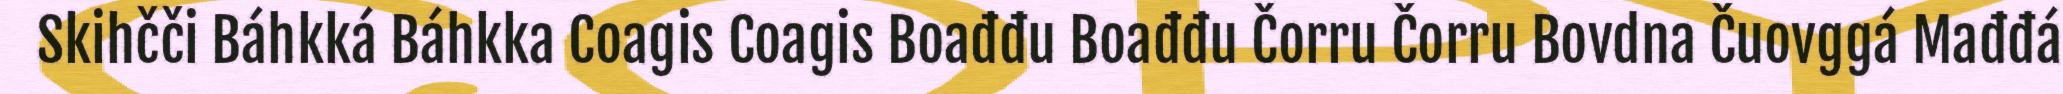
Skihčči Báhkká Báhkka Coagis Coagis Boađđu Boađđu Čorru Čorru Bovdna Čuovggá Mađđá